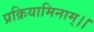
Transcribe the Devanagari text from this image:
प्रक्रियामिनाम्।।